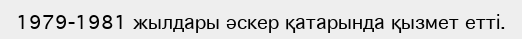
1979-1981 жылдары әскер қатарында қызмет етті.